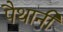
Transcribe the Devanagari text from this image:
पैथानी